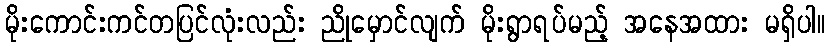
မိုးကောင်းကင်တပြင်လုံးလည်း ညိုမှောင်လျက် မိုးရွာရပ်မည့် အနေအထား မရှိပါ။